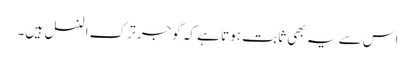
اس سے یہ بھی ثابت ہوتا ہے کہ گوجر ترک النسل ہیں۔